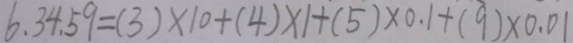
6 . 3 4 . 5 9 = ( 3 ) \times 1 0 + ( 4 ) \times 1 + ( 5 ) \times 0 . 1 + ( 9 ) \times 0 . 0 1